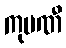
ကုမဏီ